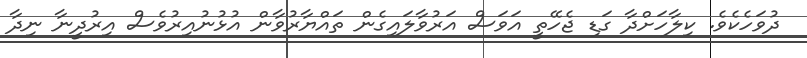
ދުވަހެކެވެ. ކިލާހަށްދާ ގަޑި ޖެހޭތީ އަވަސް އަރުވާލައިގެން ތައްޔާރުވާން އުޅުނުއިރުވެސް އިރުދީނާ ނިދާ